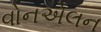
વોનએલન